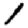
Digit: 1